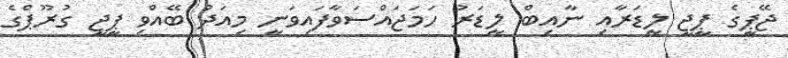
ޖޭޕީގެ ޕީޖީ ލީޑަރާއި ނާއިބް ލީޑަރު ހަމަޖައްސަވާފައިވަނީ މިއަދު ބޭއްވި ޕީޖީ ގުރޫޕްގެ